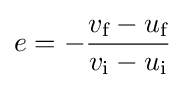
e=-{\frac {v_{\text{f}}-u_{\text{f}}}{v_{\text{i}}-u_{\text{i}}}}